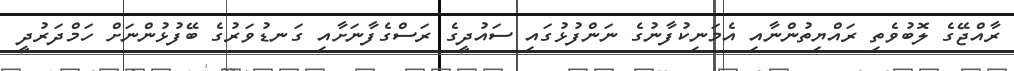
ރާއްޖޭގެ ލޮބުވެތި ރައްޔިތުންނާއި އެމަނިކުފާނުގެ ނަންފުޅުގައި ސައުދީގެ ރަސްގެފާނަށާއި ގަނޑުވަރުގެ ބޭފުޅުންނަށް ހަމްދަރުދީ